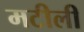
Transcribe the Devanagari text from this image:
मटीली